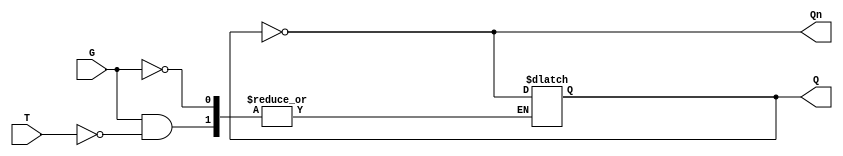
module Gated_T_Latch (
    input wire T,      // Toggle input
    input wire G,      // Gate/Enable signal
    output reg Q,      // Output
    output wire Qn     // Complement of output
);

    assign Qn = ~Q; // Complement of Q

    always @(G or T) begin
        if (G) begin
            if (T) begin
                Q <= ~Q; // Toggle the output
            end
            // If T is 0, Q remains unchanged
        end
        // If G is 0, Q remains unchanged
    end

endmodule